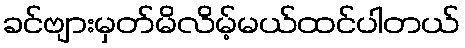
ခင်ဗျားမှတ်မိလိမ့်မယ်ထင်ပါတယ်